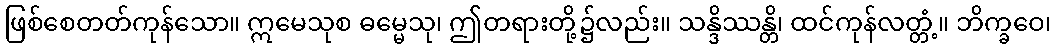
ဖြစ်စေတတ်ကုန်သော။ ဣမေသုစ ဓမ္မေသု၊ ဤတရားတို့၌လည်း။ သန္ဒိဿန္တိ၊ ထင်ကုန်လတ္တံ့။ ဘိက္ခဝေ၊